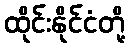
ထိုင်းနိုင်ငံတို့